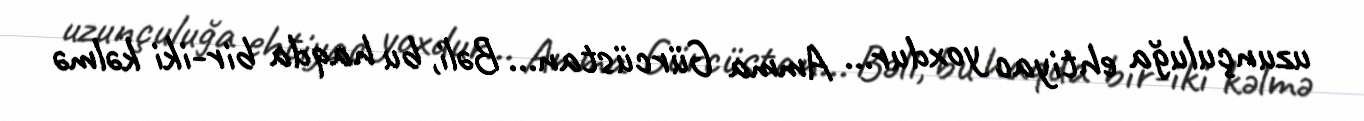
uzunçuluğa ehtiyac yoxdur... Amma Gürcüstan... Bəli, bu haqda bir-iki kəlmə